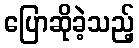
ပြောဆိုခဲ့သည့်